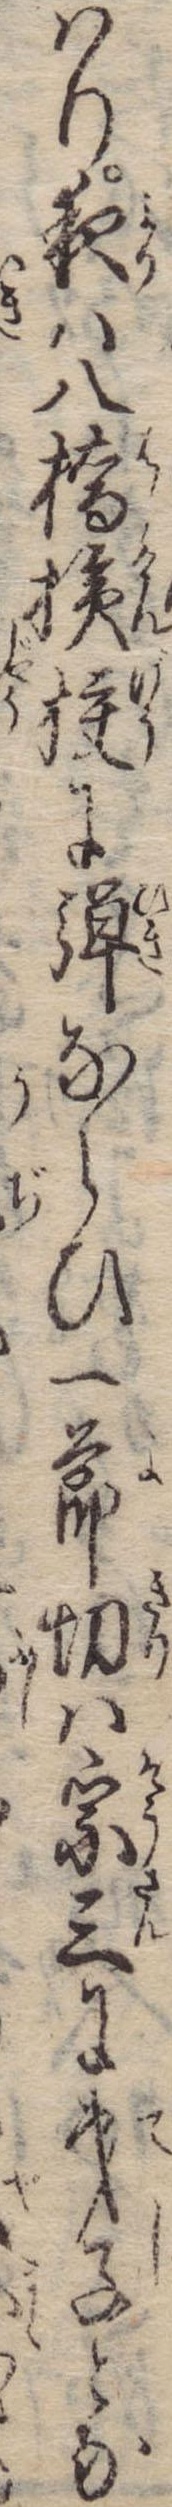
はり夜は八橋検校に弾ならひ一節切は宗三に弟子とな